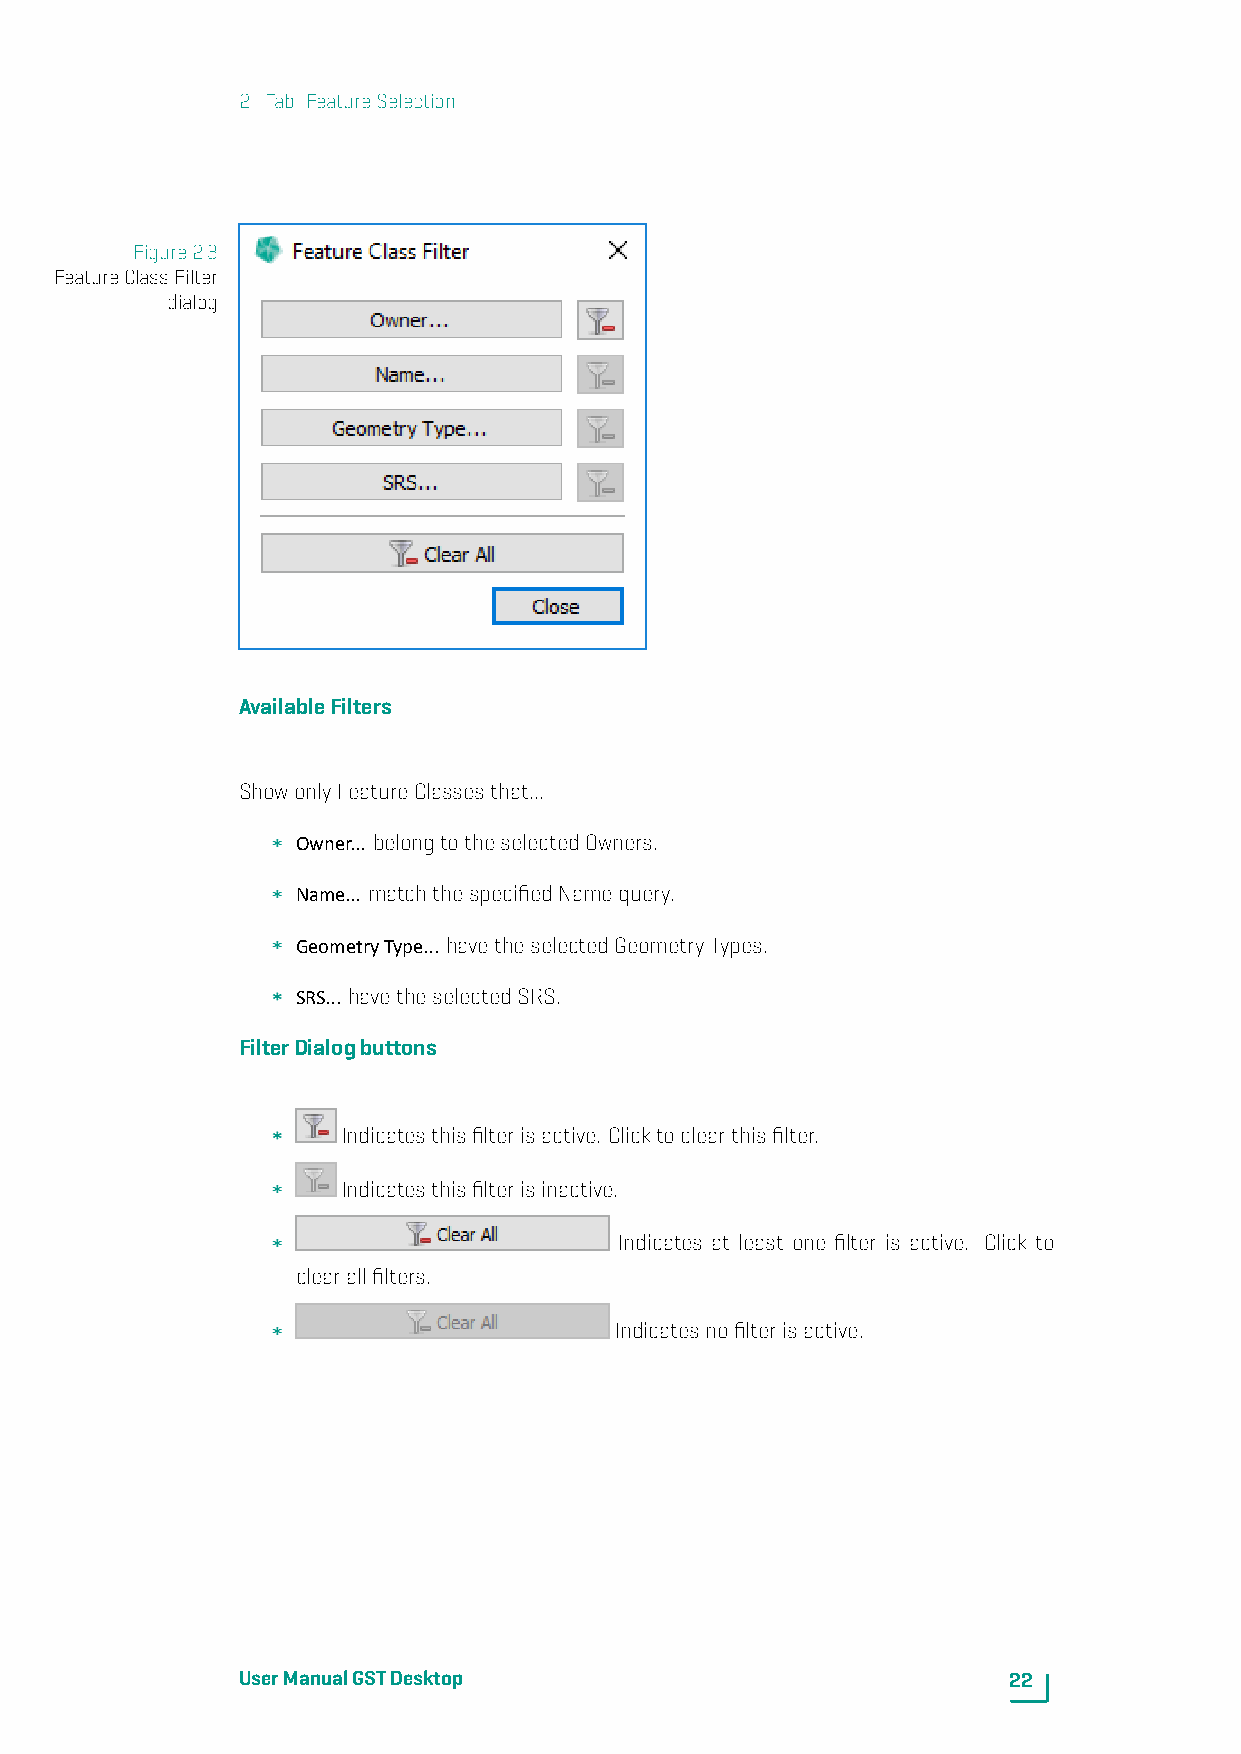
2. Tab: FeatureSelection
 Figure2.3
 FeatureClassFilter
 dialog
 AvailableFilters
 ShowonlyFeatureClassesthat...
 Owner... belongtotheselectedOwners.
 Name... matchthespecifiedNamequery.
 GeometryType... havetheselectedGeometryTypes.
 SRS... havetheselectedSRS.
 FilterDialogbuttons
 Indicatesthisfilterisactive. Clicktoclearthisfilter.
 Indicatesthisfilterisinactive.
 Indicates at least one filter is active. Click to
 clearallfilters.
 Indicatesnofilterisactive.
 UserManualGSTDesktop                               22